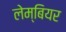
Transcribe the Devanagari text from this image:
लेम्बियर